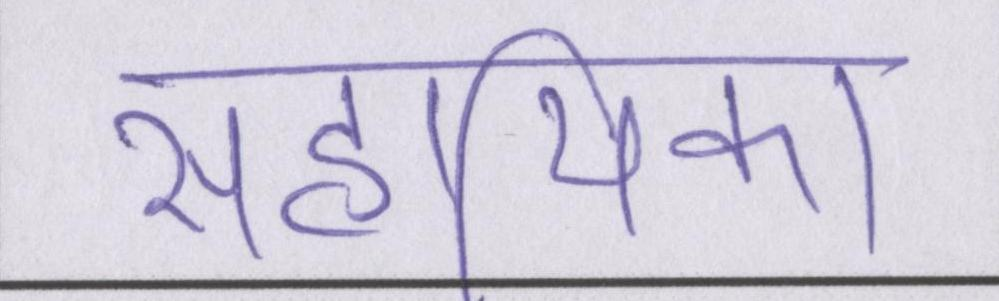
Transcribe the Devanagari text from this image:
सहायिका